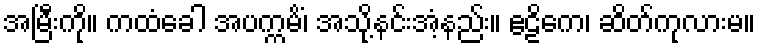
အမြီးကို။ ကထံခေါ အပက္ကမိံ၊ အသို့နင်းအံ့နည်း။ ဧဠိကေ၊ ဆိတ်ကုလားမ။